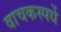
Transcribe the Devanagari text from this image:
वाचकस्पर्धे